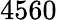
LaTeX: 4560